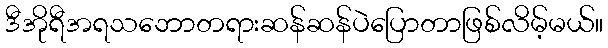
ဒီအိုရီအရသဘောတရားဆန်ဆန်ပဲပြောတာဖြစ်လိမ့်မယ်။